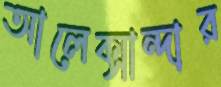
আলেক্সান্দার